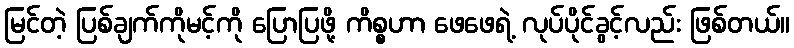
မြင်တဲ့ ပြစ်ချက်ကိုမင့်ကို ပြောပြဖို့ ကိစ္စဟာ ဖေဖေရဲ့ လုပ်ပိုင်ခွင့်လည်း ဖြစ်တယ်။